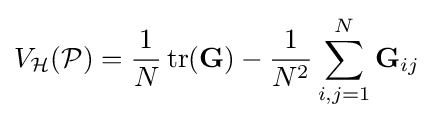
V_{\mathcal {H}}({\mathcal {P}})={\frac {1}{N}}\operatorname {tr} (\mathbf {G} )-{\frac {1}{N^{2}}}\sum _{i,j=1}^{N}\mathbf {G} _{ij}